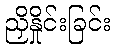
ညှိနှိုင်းခြင်း